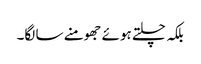
بلکہ چلتے ہوئے جھومنے سا لگا۔